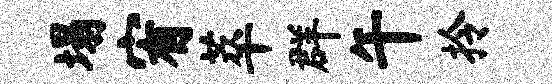
塌宥萃群午拎